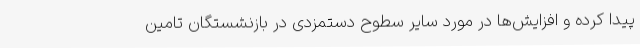
پیدا کرده و افزایش‌ها در مورد سایر سطوح دستمزدی در بازنشستگان تامین